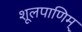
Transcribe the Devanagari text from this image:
शूलपाणिम्